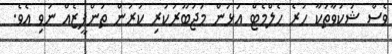
ވެސް ޝަކުވާތަކާ ހުރެ ހެލްމެޓް އަޅަން މަޖުބޫރުކުރި ކުރުން ތަންފީޒެއް ނުވި އެވެ.